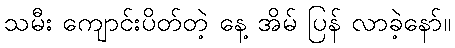
သမီး ကျောင်းပိတ်တဲ့ နေ့ အိမ် ပြန် လာခဲ့နော်။